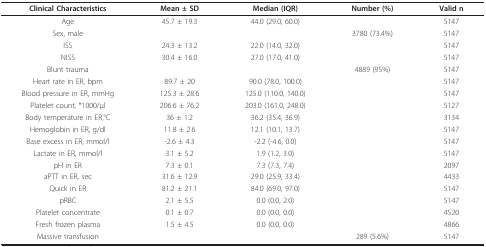
<table><thead><tr><td><b>Clinical Characteristics</b></td><td><b>Mean ± SD</b></td><td><b>Median (IQR)</b></td><td><b>Number (%)</b></td><td><b>Valid n</b></td></tr></thead><tbody><tr><td>Age</td><td>45.7 ± 19.3</td><td>44.0 (29.0, 60.0)</td><td></td><td>5147</td></tr><tr><td>Sex, male</td><td></td><td></td><td>3780 (73.4%)</td><td>5147</td></tr><tr><td>ISS</td><td>24.3 ± 13.2</td><td>22.0 (14.0, 32.0)</td><td></td><td>5147</td></tr><tr><td>NISS</td><td>30.4 ± 16.0</td><td>27.0 (17.0, 41.0)</td><td></td><td>5147</td></tr><tr><td>Blunt trauma</td><td></td><td></td><td>4889 (95%)</td><td>5147</td></tr><tr><td>Heart rate in ER, bpm</td><td>89.7 ± 20</td><td>90.0 (78.0, 100.0)</td><td></td><td>5147</td></tr><tr><td>Blood pressure in ER, mmHg</td><td>125.3 ± 28.6</td><td>125.0 (110.0, 140.0)</td><td></td><td>5147</td></tr><tr><td>Platelet count, *1000/μl</td><td>206.6 ± 76.2</td><td>203.0 (161.0, 248.0)</td><td></td><td>5127</td></tr><tr><td>Body temperature in ER,°C</td><td>36 ± 1.2</td><td>36.2 (35.4, 36.9)</td><td></td><td>3134</td></tr><tr><td>Hemoglobin in ER, g/dl</td><td>11.8 ± 2.6</td><td>12.1 (10.1, 13.7)</td><td></td><td>5147</td></tr><tr><td>Base excess in ER, mmol/l</td><td>-2.6 ± 4.3</td><td>-2.2 (-4.6, 0.0)</td><td></td><td>5147</td></tr><tr><td>Lactate in ER, mmol/l</td><td>3.1 ± 5.2</td><td>1.9 (1.2, 3.0)</td><td></td><td>5147</td></tr><tr><td>pH in ER</td><td>7.3 ± 0.1</td><td>7.3 (7.3, 7.4)</td><td></td><td>2097</td></tr><tr><td>aPTT in ER, sec</td><td>31.6 ± 12.9</td><td>29.0 (25.9, 33.4)</td><td></td><td>4433</td></tr><tr><td>Quick in ER</td><td>81.2 ± 21.1</td><td>84.0 (69.0, 97.0)</td><td></td><td>5147</td></tr><tr><td>pRBC</td><td>2.1 ± 5.5</td><td>0.0 (0.0, 2.0)</td><td></td><td>5147</td></tr><tr><td>Platelet concentrate</td><td>0.1 ± 0.7</td><td>0.0 (0.0, 0.0)</td><td></td><td>4520</td></tr><tr><td>Fresh frozen plasma</td><td>1.5 ± 4.5</td><td>0.0 (0.0, 0.0)</td><td></td><td>4866</td></tr><tr><td>Massive transfusion</td><td></td><td></td><td>289 (5.6%)</td><td>5147</td></tr></tbody></table>